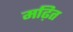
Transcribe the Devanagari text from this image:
मढ़ित